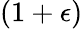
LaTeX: (1+\epsilon)